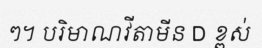
ៗ។ បរិមាណវីតាមីន D ខ្ពស់